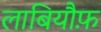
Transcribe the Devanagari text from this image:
लाबियौफ़